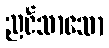
ညင်သာသော